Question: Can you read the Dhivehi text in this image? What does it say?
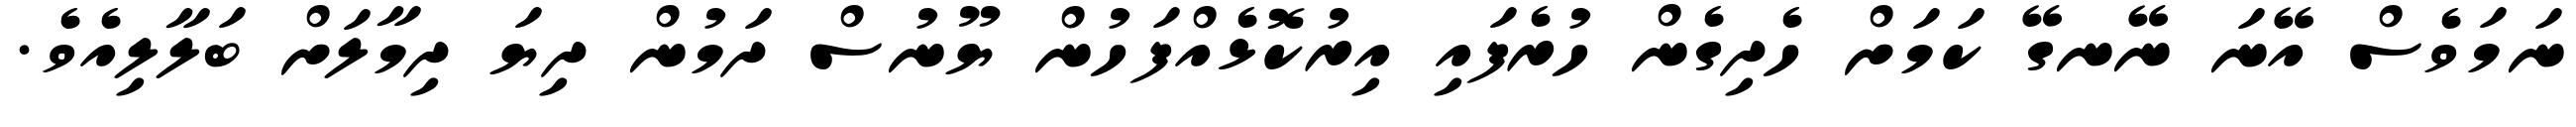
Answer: ނަމަވެސް އޭނަ ނޭނގޭ ކަމަށް ހެދިގެން ހުރެފައި އިރުކޮޅެއްފަހުން ޔޫނުސް ދަމުން ދިޔަ ދިމާލަށް ބަލާލިއެވެ.